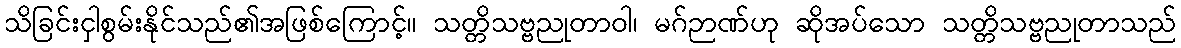
သိခြင်းငှါစွမ်းနိုင်သည်၏အဖြစ်ကြောင့်။ သတ္တိသဗ္ဗညုတာဝါ၊ မဂ်ဉာဏ်ဟု ဆိုအပ်သော သတ္တိသဗ္ဗညုတာသည်